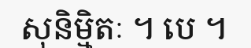
សុនិម្មិតៈ ។ បេ ។